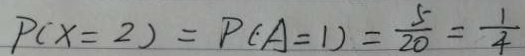
P ( x = 2 ) = P ( A = 1 ) = \frac { 5 } { 2 0 } = \frac { 1 } { 4 }